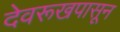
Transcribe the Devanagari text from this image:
देवरूखपासून